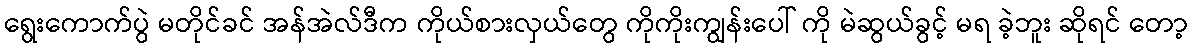
ရွေးကောက်ပွဲ မတိုင်ခင် အန်အဲလ်ဒီက ကိုယ်စားလှယ်တွေ ကိုကိုးကျွန်းပေါ် ကို မဲဆွယ်ခွင့် မရ ခဲ့ဘူး ဆိုရင် တော့